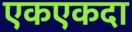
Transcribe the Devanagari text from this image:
एकएकदा